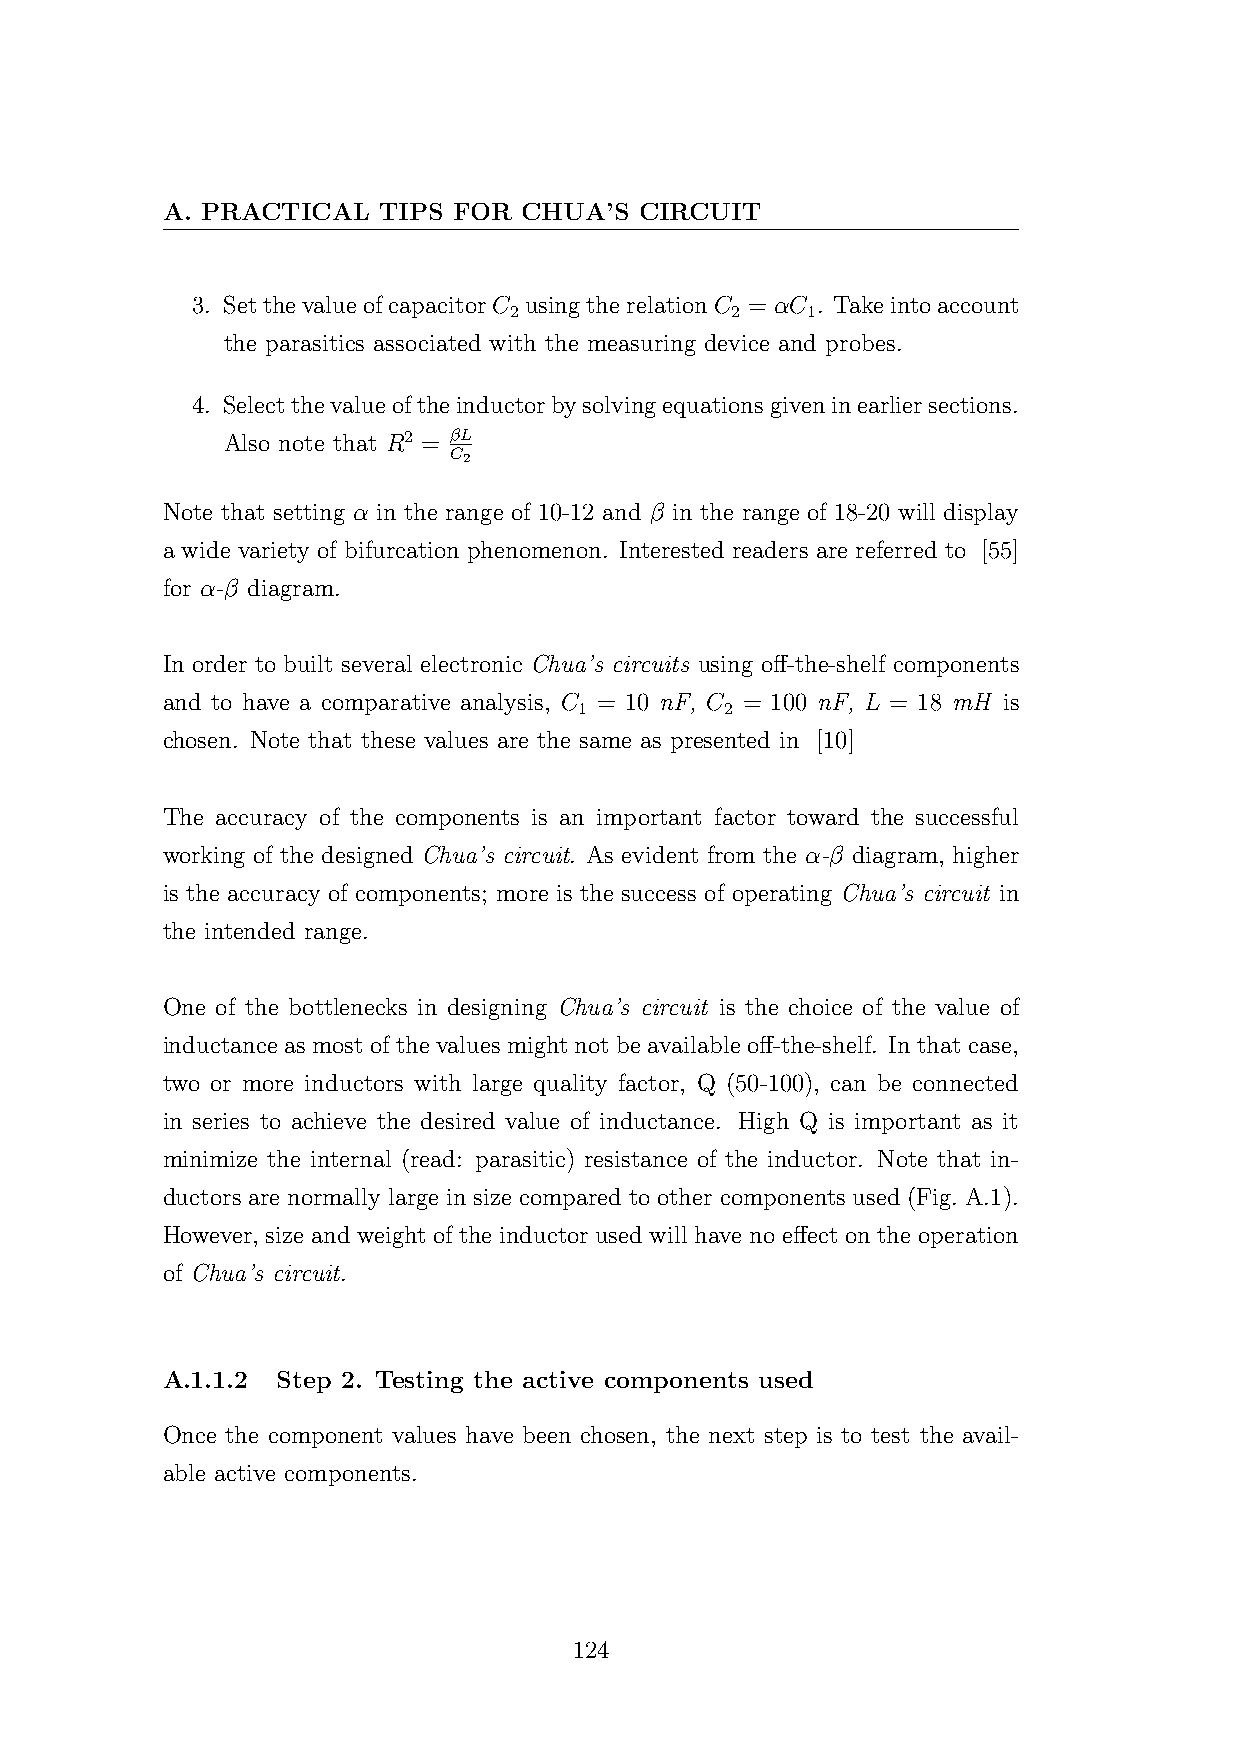
A. PRACTICAL  TIPS FOR CHUA’S  CIRCUIT
 3. SetthevalueofcapacitorC usingtherelationC = αC . Takeintoaccount
 2             2    1
 the parasitics associated with the measuring device and probes.
 4. Selectthevalueoftheinductorbysolvingequationsgiveninearliersections.
 Also note that R2 = βL
 C2
 Note that setting α in the range of 10-12 and β in the range of 18-20 will display
 a wide variety of bifurcation phenomenon. Interested readers are referred to [55]
 for α-β diagram.
 In order to built several electronic Chua’s circuits using off-the-shelf components
 and to have a comparative analysis, C = 10 nF, C = 100 nF, L = 18 mH is
 1         2
 chosen. Note that these values are the same as presented in [10]
 The accuracy of the components is an important factor toward the successful
 working of the designed Chua’s circuit. As evident from the α-β diagram, higher
 is the accuracy of components; more is the success of operating Chua’s circuit in
 the intended range.
 One of the bottlenecks in designing Chua’s circuit is the choice of the value of
 inductance as most of the values might not be available off-the-shelf. In that case,
 two or more inductors with large quality factor, Q (50-100), can be connected
 in series to achieve the desired value of inductance. High Q is important as it
 minimize the internal (read: parasitic) resistance of the inductor. Note that in-
 ductors are normally large in size compared to other components used (Fig. A.1).
 However, size and weight of the inductor used will have no effect on the operation
 of Chua’s circuit.
 A.1.1.2 Step 2. Testing the active components used
 Once the component values have been chosen, the next step is to test the avail-
 able active components.
 124